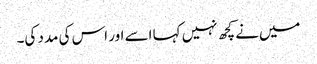
میں‌نے کچھ نہیں کہا اسے اور اس کی مدد کی۔